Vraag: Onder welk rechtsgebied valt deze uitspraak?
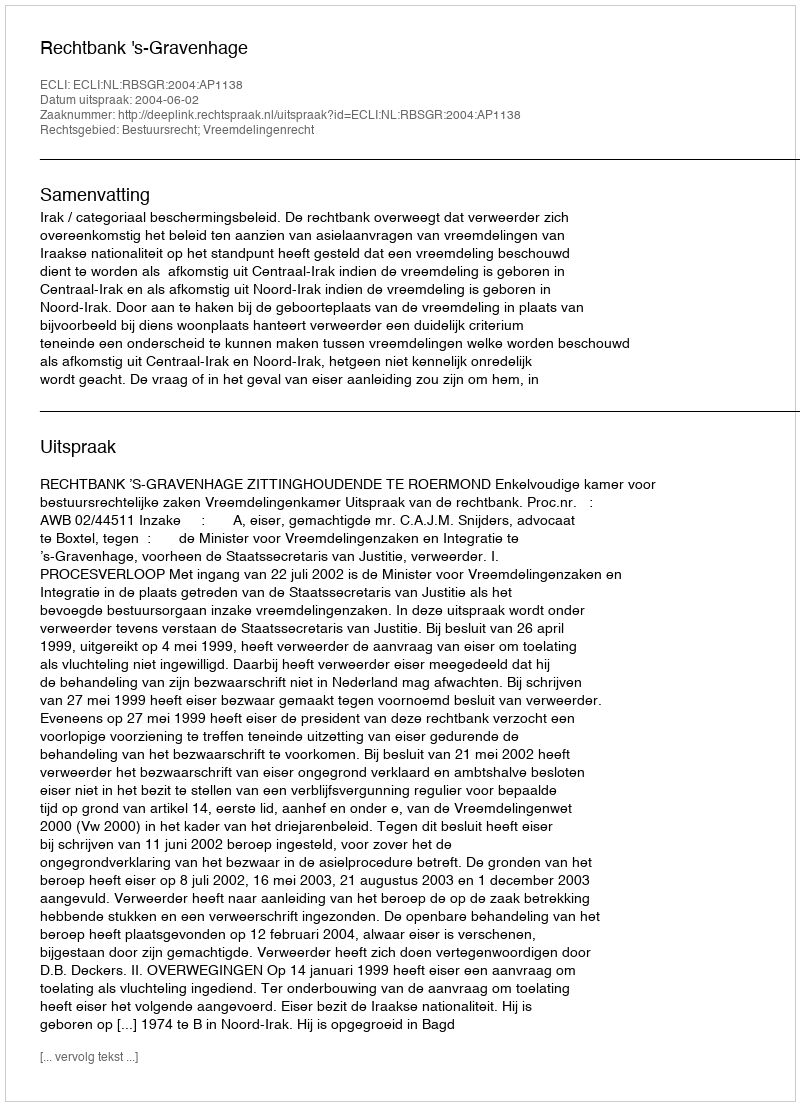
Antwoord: Bestuursrecht; Vreemdelingenrecht